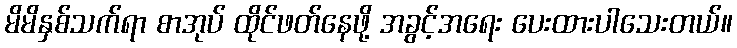
မိမိနှစ်သက်ရာ စာအုပ် ထိုင်ဖတ်နေဖို့ အခွင့်အရေး ပေးထားပါသေးတယ်။